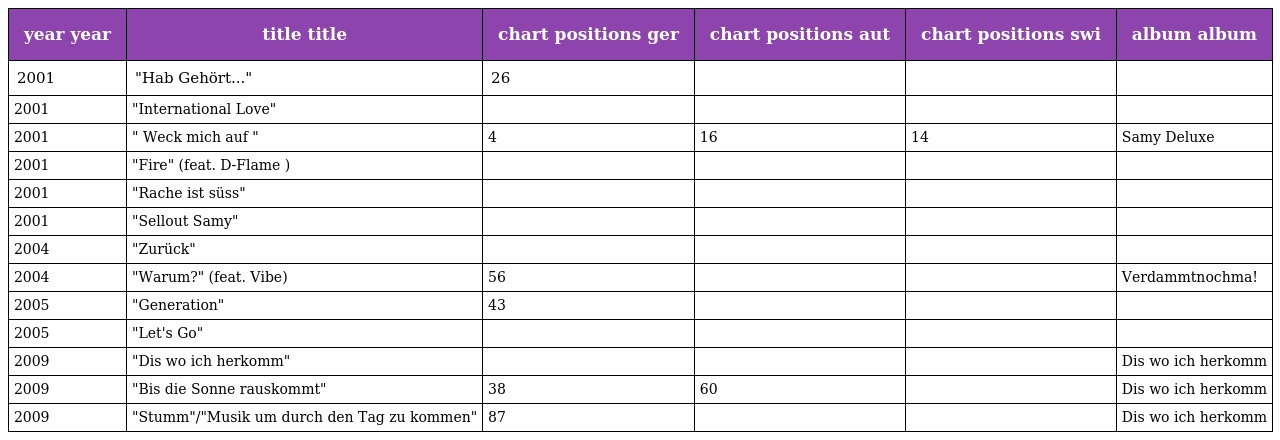
| year year | title title | chart positions ger | chart positions aut | chart positions swi | album album |
 | --- | --- | --- | --- | --- | --- |
 | 2001 | "Hab Gehört..." | 26 |  |  |  |
 | 2001 | "International Love" |  |  |  |  |
 | 2001 | " Weck mich auf " | 4 | 16 | 14 | Samy Deluxe |
 | 2001 | "Fire" (feat. D-Flame ) |  |  |  |  |
 | 2001 | "Rache ist süss" |  |  |  |  |
 | 2001 | "Sellout Samy" |  |  |  |  |
 | 2004 | "Zurück" |  |  |  |  |
 | 2004 | "Warum?" (feat. Vibe) | 56 |  |  | Verdammtnochma! |
 | 2005 | "Generation" | 43 |  |  |  |
 | 2005 | "Let's Go" |  |  |  |  |
 | 2009 | "Dis wo ich herkomm" |  |  |  | Dis wo ich herkomm |
 | 2009 | "Bis die Sonne rauskommt" | 38 | 60 |  | Dis wo ich herkomm |
 | 2009 | "Stumm"/"Musik um durch den Tag zu kommen" | 87 |  |  | Dis wo ich herkomm |